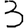
Digit: 3